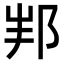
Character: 𨚦